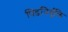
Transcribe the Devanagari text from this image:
पिंडनिर्युक्ति